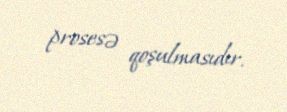
prosesə qoşulmasıdır.